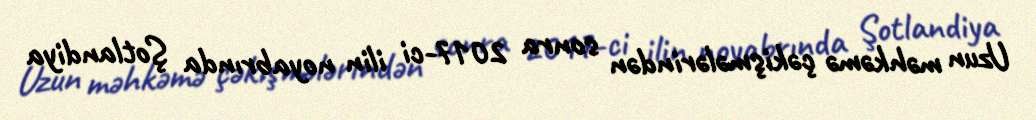
Uzun məhkəmə çəkişmələrindən sonra 2017-ci ilin noyabrında Şotlandiya